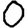
Digit: 0